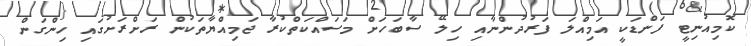
ކޮމިއުނިޓީ ފަންޑަކީ އަމިއްލަ ފަރުދުންނާއި ހިލޭ ސާބަހަށް މަސައްކަތްކުރާ ޖަމިއްޔާތަކުން ރަށްރަށުގައި ހިންގަން